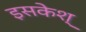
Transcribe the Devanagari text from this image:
इसकेश्